[Report on the health of British troops in the Madras command]
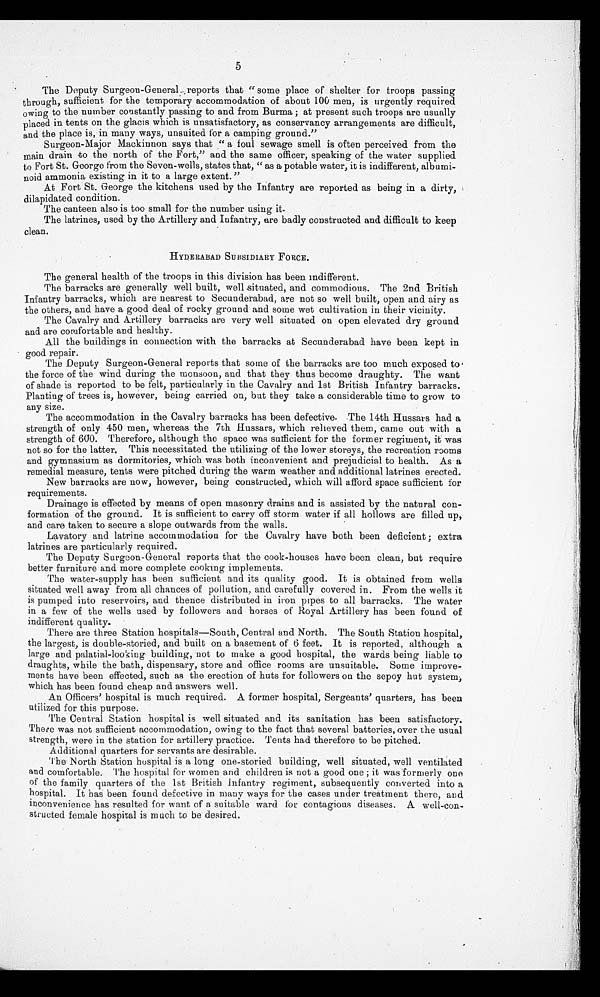
5
The Deputy Surgeon-General reports that "some place of shelter for troops passing
through, sufficient for the temporary accommodation of about 100 men, is urgently required
owing to the number constantly passing to and from Burma ; at present such troops are usually
placed in tents on the glacis which is unsatisfactory, as conservancy arrangements are difficult,
and the place is, in many ways, unsuited for a camping ground."
Surgeon-Major Mackinnon says that "a foul sewage smell is often perceived from the
main drain to the north of the Fort," and the same officer, speaking of the water supplied
to Fort St. George from the Seven-wells, states that, "as a potable water, it is indifferent, albumi
- n o i d a m m o n i a e x i s t i n g i n i t t o a l a r g e e x t e n t . "
At Fort St. George the kitchens used by the Infantry are reported as being in a dirty,
dilapidated condition.
The canteen also is too small for the number using it.
The latrines, used by the Artillery and Infantry, are badly constructed and difficult to keep
clean.
HYDERABAD SUBSIDIARY FORCE.
The general health of the troops in this division has been indifferent.
The barracks are generally well built, well situated, and commodious. The 2nd British
Infantry barracks, which are nearest to Secunderabad, are not so well built, open and airy as
the others, and have a good deal of rocky ground and some wet cultivation in their vicinity.
The Cavalry and Artillery barracks are very well situated on open elevated dry ground
and are comfortable and healthy.
All the buildings in connection with the barracks at Secunderabad have been kept in
good repair.
The Deputy Surgeon-General reports that some of the barracks are too much exposed to
the force of the wind during the monsoon, and that they thus become draughty. The want
of shade is reported to be felt, particularly in the Cavalry and 1st British Infantry barracks.
Planting of trees is, however, being carried on, but they take a considerable time to grow to
any size.
The accommodation in the Cavalry barracks has been defective. The 14th Hussars had a
strength of only 450 men, whereas the 7th Hussars, which relieved them, came out with a
strength of 600. Therefore, although the space was sufficient for the former regiment, it was
not so for the latter. This necessitated the utilizing of the lower storeys, the recreation rooms
and gymnasium as dormitories, which was both inconvenient and prejudicial to health. As a
remedial measure, tents were pitched during the warm weather and additional latrines erected.
New barracks are now, however, being constructed, which will afford space sufficient for
requirements.
Drainage is effected by means of open masonry drains and is assisted by the natural con
- f o r m a t i o n o f t h e g r o u n d . I t i s s u f f i c i e n t t o c a r r y o f f s t o r m w a t e r i f a l l h o l l o w s a r e f i l l e d u p ,
and care taken to secure a slope outwards from the walls.
Lavatory and latrine accommodation for the Cavalry have both been deficient ; extra
latrines are particularly required.
The Deputy Surgeon-General reports that the cook-houses have been clean, but require
better furniture and more complete cooking implements.
The water-supply has been sufficient and its quality good. It is obtained from wells
situated well away from all chances of pollution, and carefully covered in. From the wells it
is pumped into reservoirs, and thence distributed in iron pipes to all barracks. The water
in a few of the wells used by followers and horses of Royal Artillery has been found of
indifferent quality.
There are three Station hospitals—South, Central and North. The South Station hospital,
the largest, is double-storied, and built on a basement of 6 feet. It is reported, although a
large and palatial-looking building, not to make a good hospital, the wards being liable to
draughts, while the bath, dispensary, store and office rooms are unsuitable. Some improve
- m e n t s h a v e b e e n e f f e c t e d , s u c h a s t h e e r e c t i o n o f h u t s f o r f o l l o w e r s o n t h e s e p o y h u t s y s t e m ,
which has been found cheap and answers well.
An Officers' hospital is much required. A former hospital, Sergeants' quarters, has been
utilized for this purpose.
The Central Station hospital is well situated and its sanitation has been satisfactory.
There was not sufficient accommodation, owing to the fact that several batteries, over the usual
strength, were in the station for artillery practice. Tents had therefore to be pitched.
Additional quarters for servants are desirable.
The North Station hospital is a long one-storied building, well situated, well ventilated
and comfortable. The hospital for women and children is not a good one ; it was formerly one
of the family quarters of the 1st British Infantry regiment, subsequently converted into a
hospital. It has been found defective in many ways for the cases under treatment there, and
inconvenience has resulted for want of a suitable ward for contagious diseases. A well-con
- s t r u c t e d f e m a l e h o s p i t a l i s m u c h t o b e d e s i r e d .